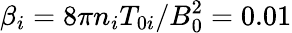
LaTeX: \beta_{i}=8\pi n_{i}T_{0i}/B_{0}^{2}=0.01